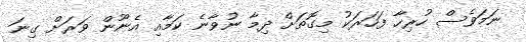
ނަމަވެސް ހުރިހާ ފަހަރަކު މިގޮތަށް ދިމާ ނުވާނެ ކަމާއި އެނޫން ވަރަށް ގިނަ